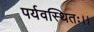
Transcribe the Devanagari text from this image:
पर्यवस्थितः।।